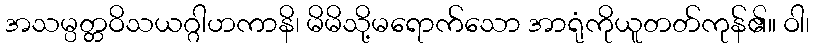
အသမ္ပတ္တဝိသယဂ္ဂါဟကာနိ၊ မိမိသို့မရောက်သော အာရုံကိုယူတတ်ကုန်၏။ ဝါ၊